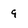
Character: 9